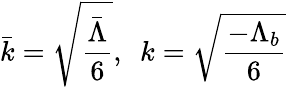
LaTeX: \bar{k}=\sqrt{\frac{\bar{\Lambda}}{6}},\ \ k=\sqrt{\frac{-\Lambda_{b}}{6}}